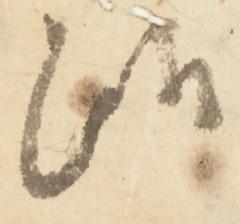
候